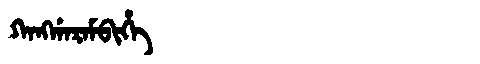
Manchu: ᡴᠠᠩᡤᠠᡵᠠᠮᠪᡳᡥᡝ
Romanization: KANGGARAMBIHE